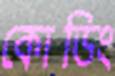
কোডিং